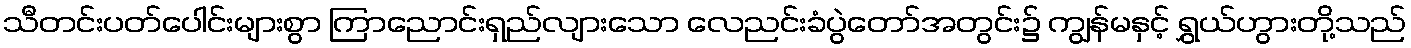
သီတင်းပတ်ပေါင်းများစွာ ကြာညောင်းရှည်လျားသော လေညင်းခံပွဲတော်အတွင်း၌ ကျွန်မနှင့် ရွှယ်ဟွားတို့သည်